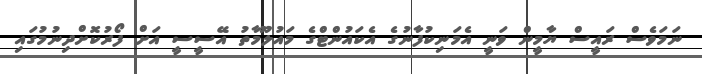
ނަމަވެސް ރައީސް ޔާމީން ވަނީ އެމަނިކުފާނުގެ އެކައުންޓްގެ މައުލޫމާތު އޭސީސީ އަށް ފޯރުކޮށްދިނުމުގައި